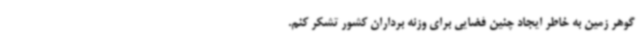
گوهر زمین به خاطر ایجاد چنین فضایی برای وزنه برداران کشور تشکر کنم.